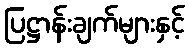
ပြဋ္ဌာန်းချက်များနှင့်